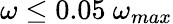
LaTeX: \omega\leq 0.05\ \omega_{max}